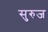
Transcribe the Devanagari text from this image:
सुरुज